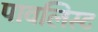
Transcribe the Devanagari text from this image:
पावलिस्ट